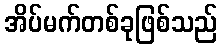
အိပ်မက်တစ်ခုဖြစ်သည်